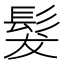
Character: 髮